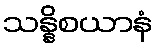
သန္နိစယာနံ